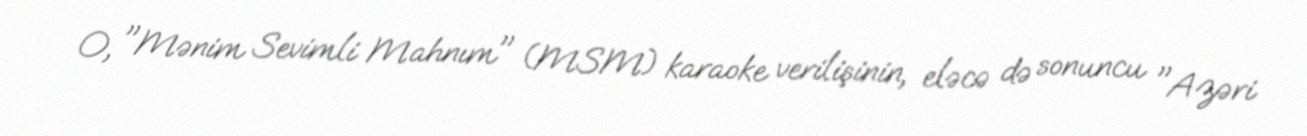
O, "Mənim Sevimli Mahnım" (MSM) karaoke verilişinin, eləcə də sonuncu "Azəri